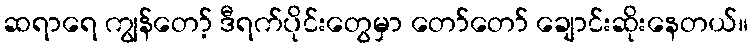
ဆရာရေ ကျွန်တော့် ဒီရက်ပိုင်းတွေမှာ တော်တော် ချောင်းဆိုးနေတယ်။